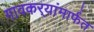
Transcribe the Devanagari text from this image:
गावकर्‍यांमार्फत